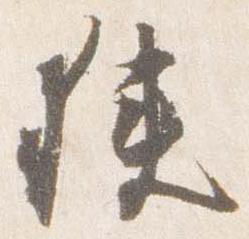
狭